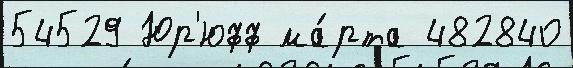
54529 Юр'юфф ма́рта 482840